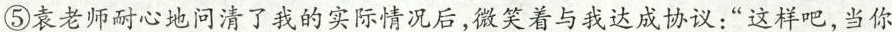
⑤袁老师耐心地问清了我的实际情况后，微笑着与我达成协议：“这样吧，当你